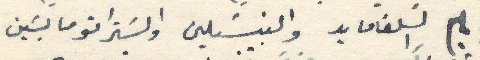
بايام السلفامايد والبنسيلين والستراتومابسين